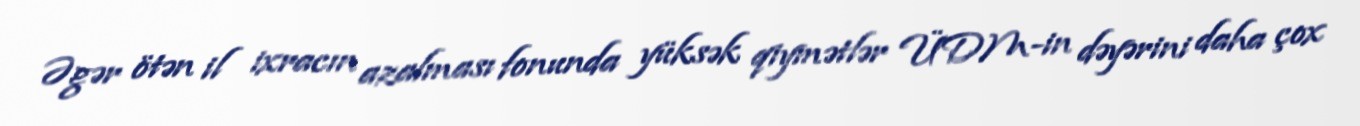
Əgər ötən il ixracın azalması fonunda yüksək qiymətlər ÜDM-in dəyərini daha çox